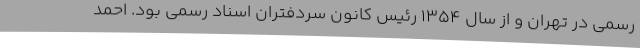
رسمی در تهران و از سال ۱۳۵۴ رئیس کانون سردفتران اسناد رسمی بود. احمد